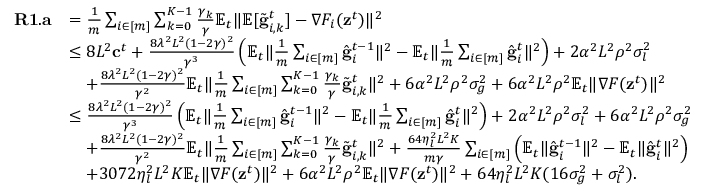
\begin{array} { r l } { \mathbf { R 1 . a } } & { = \frac { 1 } { m } \sum _ { i \in [ m ] } \sum _ { k = 0 } ^ { K - 1 } \frac { \gamma _ { k } } { \gamma } \mathbb { E } _ { t } \Vert \mathbb { E } [ \tilde { \mathbf { g } } _ { i , k } ^ { t } ] - \nabla F _ { i } ( \mathbf { z } ^ { t } ) \Vert ^ { 2 } } \\ & { \leq 8 L ^ { 2 } \mathbf { c } ^ { t } + \frac { 8 \lambda ^ { 2 } L ^ { 2 } ( 1 - 2 \gamma ) ^ { 2 } } { \gamma ^ { 3 } } \left( \mathbb { E } _ { t } \Vert \frac { 1 } { m } \sum _ { i \in [ m ] } \hat { \mathbf { g } } _ { i } ^ { t - 1 } \Vert ^ { 2 } - \mathbb { E } _ { t } \Vert \frac { 1 } { m } \sum _ { i \in [ m ] } \hat { \mathbf { g } } _ { i } ^ { t } \Vert ^ { 2 } \right) + 2 \alpha ^ { 2 } L ^ { 2 } \rho ^ { 2 } \sigma _ { l } ^ { 2 } } \\ & { \quad + \frac { 8 \lambda ^ { 2 } L ^ { 2 } ( 1 - 2 \gamma ) ^ { 2 } } { \gamma ^ { 2 } } \mathbb { E } _ { t } \Vert \frac { 1 } { m } \sum _ { i \in [ m ] } \sum _ { k = 0 } ^ { K - 1 } \frac { \gamma _ { k } } { \gamma } \tilde { \mathbf { g } } _ { i , k } ^ { t } \Vert ^ { 2 } + 6 \alpha ^ { 2 } L ^ { 2 } \rho ^ { 2 } \sigma _ { g } ^ { 2 } + 6 \alpha ^ { 2 } L ^ { 2 } \rho ^ { 2 } \mathbb { E } _ { t } \Vert \nabla F ( \mathbf { z } ^ { t } ) \Vert ^ { 2 } } \\ & { \leq \frac { 8 \lambda ^ { 2 } L ^ { 2 } ( 1 - 2 \gamma ) ^ { 2 } } { \gamma ^ { 3 } } \left( \mathbb { E } _ { t } \Vert \frac { 1 } { m } \sum _ { i \in [ m ] } \hat { \mathbf { g } } _ { i } ^ { t - 1 } \Vert ^ { 2 } - \mathbb { E } _ { t } \Vert \frac { 1 } { m } \sum _ { i \in [ m ] } \hat { \mathbf { g } } _ { i } ^ { t } \Vert ^ { 2 } \right) + 2 \alpha ^ { 2 } L ^ { 2 } \rho ^ { 2 } \sigma _ { l } ^ { 2 } + 6 \alpha ^ { 2 } L ^ { 2 } \rho ^ { 2 } \sigma _ { g } ^ { 2 } } \\ & { \quad + \frac { 8 \lambda ^ { 2 } L ^ { 2 } ( 1 - 2 \gamma ) ^ { 2 } } { \gamma ^ { 2 } } \mathbb { E } _ { t } \Vert \frac { 1 } { m } \sum _ { i \in [ m ] } \sum _ { k = 0 } ^ { K - 1 } \frac { \gamma _ { k } } { \gamma } \tilde { \mathbf { g } } _ { i , k } ^ { t } \Vert ^ { 2 } + \frac { 6 4 \eta _ { l } ^ { 2 } L ^ { 2 } K } { m \gamma } \sum _ { i \in [ m ] } \left( \mathbb { E } _ { t } \Vert \hat { \mathbf { g } } _ { i } ^ { t - 1 } \Vert ^ { 2 } - \mathbb { E } _ { t } \Vert \hat { \mathbf { g } } _ { i } ^ { t } \Vert ^ { 2 } \right) } \\ & { \quad + 3 0 7 2 \eta _ { l } ^ { 2 } L ^ { 2 } K \mathbb { E } _ { t } \Vert \nabla F ( \mathbf { z } ^ { t } ) \Vert ^ { 2 } + 6 \alpha ^ { 2 } L ^ { 2 } \rho ^ { 2 } \mathbb { E } _ { t } \Vert \nabla F ( \mathbf { z } ^ { t } ) \Vert ^ { 2 } + 6 4 \eta _ { l } ^ { 2 } L ^ { 2 } K ( 1 6 \sigma _ { g } ^ { 2 } + \sigma _ { l } ^ { 2 } ) . } \end{array}